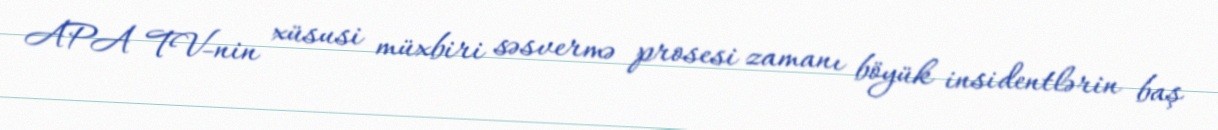
APA TV-nin xüsusi müxbiri səsvermə prosesi zamanı böyük insidentlərin baş